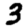
Digit: 3